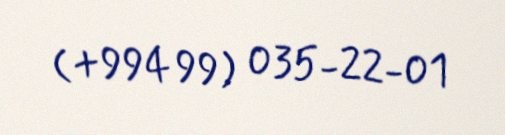
(+994 99) 035-22-01